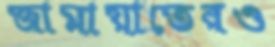
জামায়াতেরও